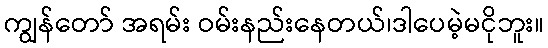
ကျွန်တော် အရမ်း ဝမ်းနည်းနေတယ်၊ဒါပေမဲ့မငိုဘူး။